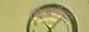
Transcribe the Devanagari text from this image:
मिडलैन्ड्स